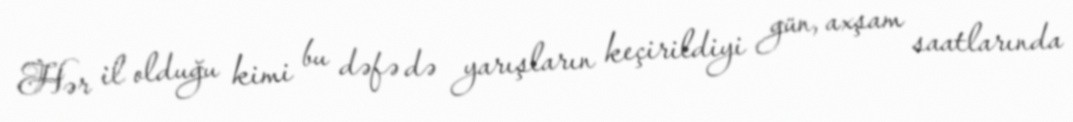
Hər il olduğu kimi bu dəfə də yarışların keçirildiyi gün, axşam saatlarında